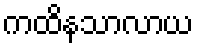
ကထိနသာလာယ